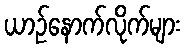
ယာဉ်နောက်လိုက်များ